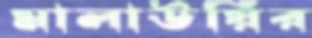
মালাউয়ির